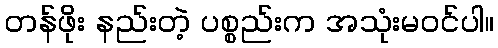
တန်ဖိုး နည်းတဲ့ ပစ္စည်းက အသုံးမဝင်ပါ။